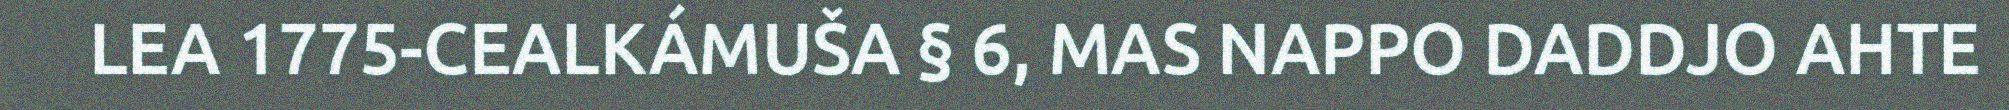
LEA 1775-CEALKÁMUŠA § 6, MAS NAPPO DADDJO AHTE